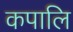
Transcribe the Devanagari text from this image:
कपालि